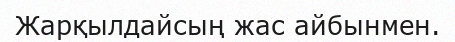
Жарқылдайсың жас айбынмен.